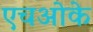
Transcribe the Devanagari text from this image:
एचओके